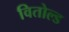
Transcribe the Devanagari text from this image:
वितोल्ड